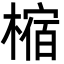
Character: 樎